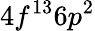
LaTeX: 4f^{13}6p^{2}